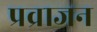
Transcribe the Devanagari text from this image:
प्रव्राजन